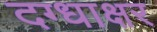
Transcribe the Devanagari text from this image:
दग्धाक्षर